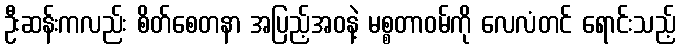
ဦးဆန်းကလည်း စိတ်စေတနာ အပြည့်အဝနဲ့ မစ္စတာဝမ်ကို လေလံတင် ရောင်းသည့်